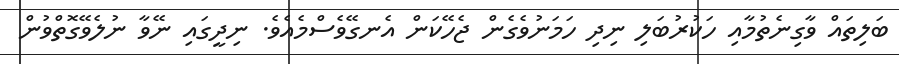
ބަލިތައް ވާގިނެތުމާއި ހަކުރުބަލި ނިދި ހަމަނުވެގެން ޖެހޭކަން އެނގޭވެސްމެއެވެ. ނިދީގައި ނޭވާ ނުލެވޭގޮތްވުން